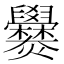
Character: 𬋡